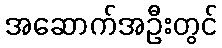
အဆောက်အဦးတွင်